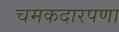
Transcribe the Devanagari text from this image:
चमकदारपणा